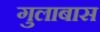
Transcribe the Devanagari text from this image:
गुलाबास